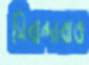
সিবান্দারাও